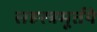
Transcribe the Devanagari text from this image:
सहस्त्रमूर्तये